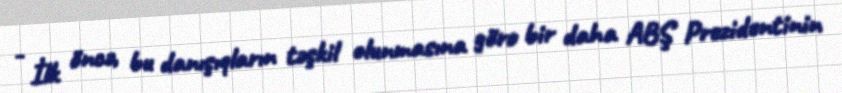
- İlk öncə, bu danışıqların təşkil olunmasına görə bir daha ABŞ Prezidentinin